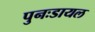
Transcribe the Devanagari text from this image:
पुनःडायल